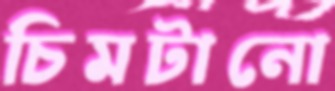
চিমটানো